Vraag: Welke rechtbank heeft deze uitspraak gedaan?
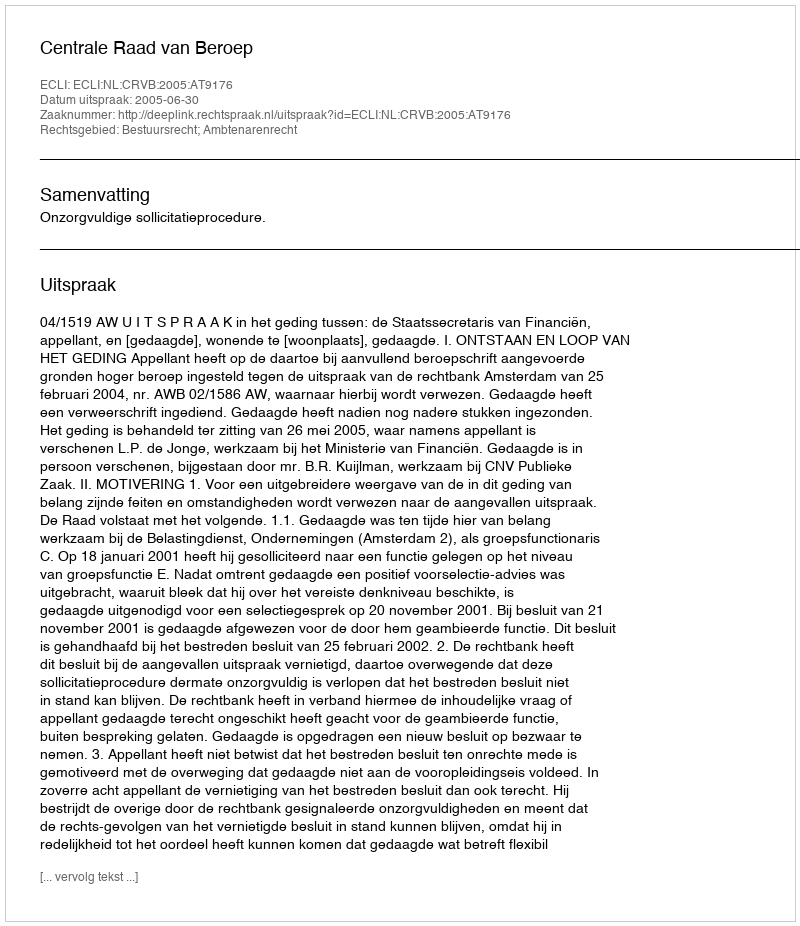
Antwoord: Centrale Raad van Beroep